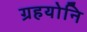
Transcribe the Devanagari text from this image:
ग्रहयोनि